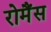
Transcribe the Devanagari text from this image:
रोमैंस